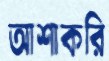
আশাকরি